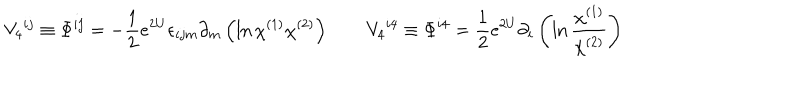
V _ { 4 } { } ^ { i j } \equiv \Phi ^ { i j } = - { \frac { 1 } { 2 } } e ^ { 2 U } \epsilon _ { i j m } \partial _ { m } \left( \ln \chi ^ { ( 1 ) } \chi ^ { ( 2 ) } \right) \qquad V _ { 4 } { } ^ { i 4 } \equiv \Phi ^ { i 4 } = { \frac { 1 } { 2 } } e ^ { 2 U } \partial _ { i } \left( \ln { \frac { \chi ^ { ( 1 ) } } { \chi ^ { ( 2 ) } } } \right)